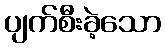
ပျက်စီးခဲ့သော